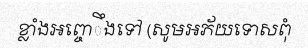
ខ្លាំងអព្ចោឹងទៅ (សូមអភ័យទោសពុំ